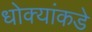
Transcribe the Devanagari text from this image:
धोक्यांकडे